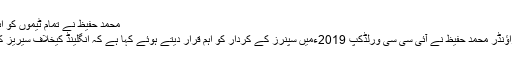
محمد حفیظ نے تمام ٹیموں کو اہم ترین بات بتا دی - Daily Press Conference
لاہور (ڈیلی پریس کانفرنس) قومی کرکٹ ٹیم کے آل راﺅنڈر محمد حفیظ نے آئی سی سی ورلڈکپ 2019ءمیں سپنرز کے کردار کو اہم قرار دیتے ہوئے کہا ہے کہ انگلینڈ کیخلاف سیریز کے دوران وکٹیں ماضی سے قطعی مختلف دکھائی دیں۔